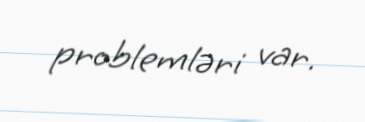
problemləri var.